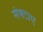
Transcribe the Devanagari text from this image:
संक्टाए